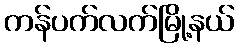
ကန်ပက်လက်မြို့နယ်